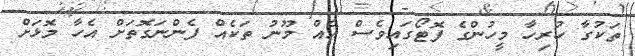
ތަކުގާ ހުރިހާ މީހުންގެ ފޮޓޯގައިވެސް އެއް މޫނު ތަކެއް ފެންނަގޮތަށް އެހާ މޮޅަށް